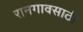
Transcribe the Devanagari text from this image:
रानगावसाठी